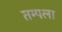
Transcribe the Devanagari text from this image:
तम्पला